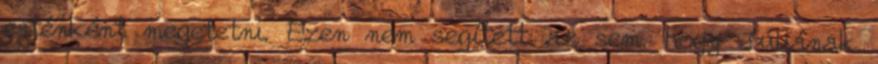
esténként megetetni. Ezen nem segített az sem, hogy Júliának